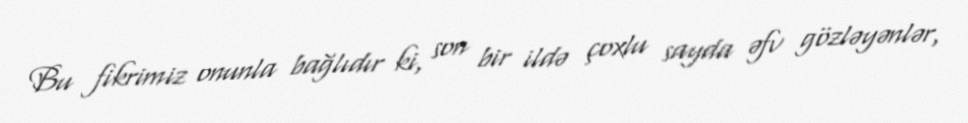
Bu fikrimiz onunla bağlıdır ki, son bir ildə çoxlu sayda əfv gözləyənlər,